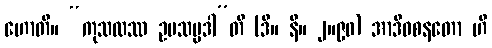
ဟောတိ။ “ကုသလဿ ဥပသမ္ပဒါ”တိ (ဒီ။ နိ။ ၂။၉၀) အာဒိဝစနတော ဟိ